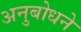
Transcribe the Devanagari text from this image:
अनुबोधने